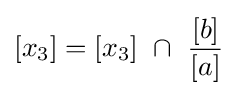
[x_{3}]=[x_{3}]\ \cap \ {\frac {[b]}{[a]}}